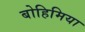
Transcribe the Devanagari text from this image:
बोहिमिया